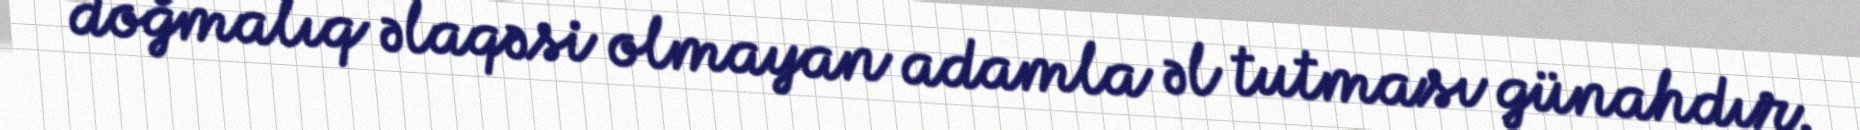
doğmalıq əlaqəsi olmayan adamla əl tutması günahdır.